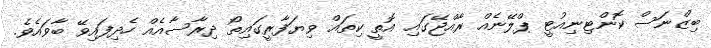
ބިޒްނަސް ކޮންޓިނިއުޓީ ޕްލޭނެއް ރާއްޖޭގައި އޮތީ ކިތައް ވިޔަފާރީގައިތޯ ދިރާސާއެއް ހެދިފައިވޭ ބާވައެވެ.